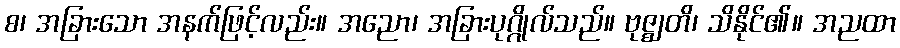
စ၊ အခြားသော အနက်ဖြင့်လည်း။ အညော၊ အခြားပုဂ္ဂိုလ်သည်။ ဗုဇ္ဈတိ၊ သိနိုင်၏။ အညထာ